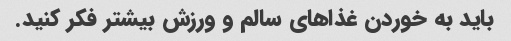
باید به خوردن غذاهای سالم و ورزش بیشتر فکر کنید.